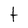
Character: t